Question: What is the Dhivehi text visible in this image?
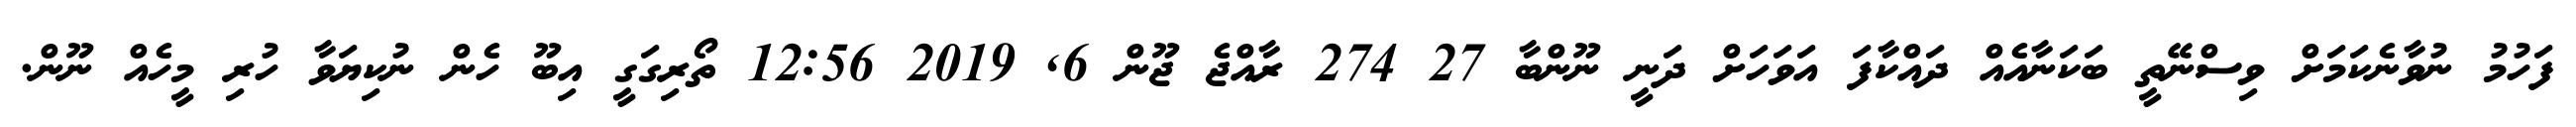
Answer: ފަހުމު ނުވާނެކަމަށް ވިސްނޭތީ ބަކަނާއެއް ދައްކާފަ އަވަހަށް ދަނީ ނޫންބާ 27 274 ރާއްޖެ ޖޫން 6, 2019 12:56 ތޯރިގަގީ އިބޫ ހެން ނުކިޔަވާ ހުރި މީހެއް ނޫން.